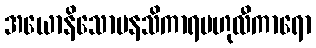
အယောနိသောမနသိကာရဗဟုလီကာရော